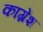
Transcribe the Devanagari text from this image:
काग्रेंश